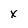
Character: x